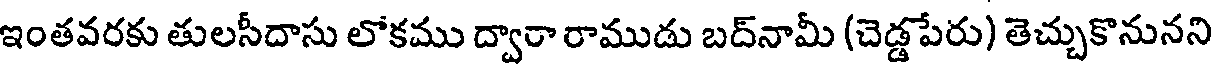
ఇంతవరకు తులసీదాసు లోకము ద్వారా రాముడు బద్నామీ (చెడ్డపేరు) తెచ్చుకొనునని